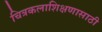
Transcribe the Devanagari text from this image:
चित्रकलाशिक्षणासाठी